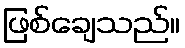
ဖြစ်ချေသည်။